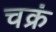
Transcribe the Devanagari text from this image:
चक्रं